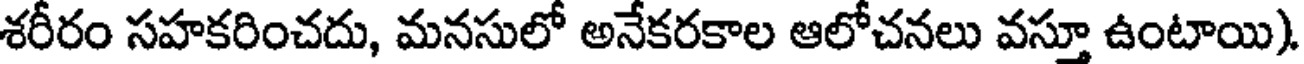
శరీరం సహకరించదు, మనసులో అనేకరకాల ఆలోచనలు వస్తూ ఉంటాయి)